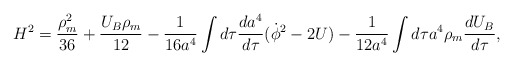
\begin{align*}H^2= \frac{\rho_m^2}{36}+\frac{U_B\rho_m}{12}-\frac{1}{16a^4}\int d\tau\frac{da^4}{d\tau}(\dot\phi^2-2U)-\frac{1}{12a^4}\int d\tau a^4\rho_m \frac{dU_B}{d\tau},\end{align*}